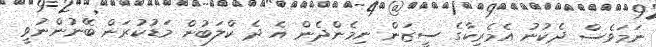
ނަމަވެސް ދެކުނު އެމެރިކާގެ ސީޒަން ނިމެންދެން އެ ދެ ކްލަބުން މަޑުކުރަން ބޭނުންނުވީ